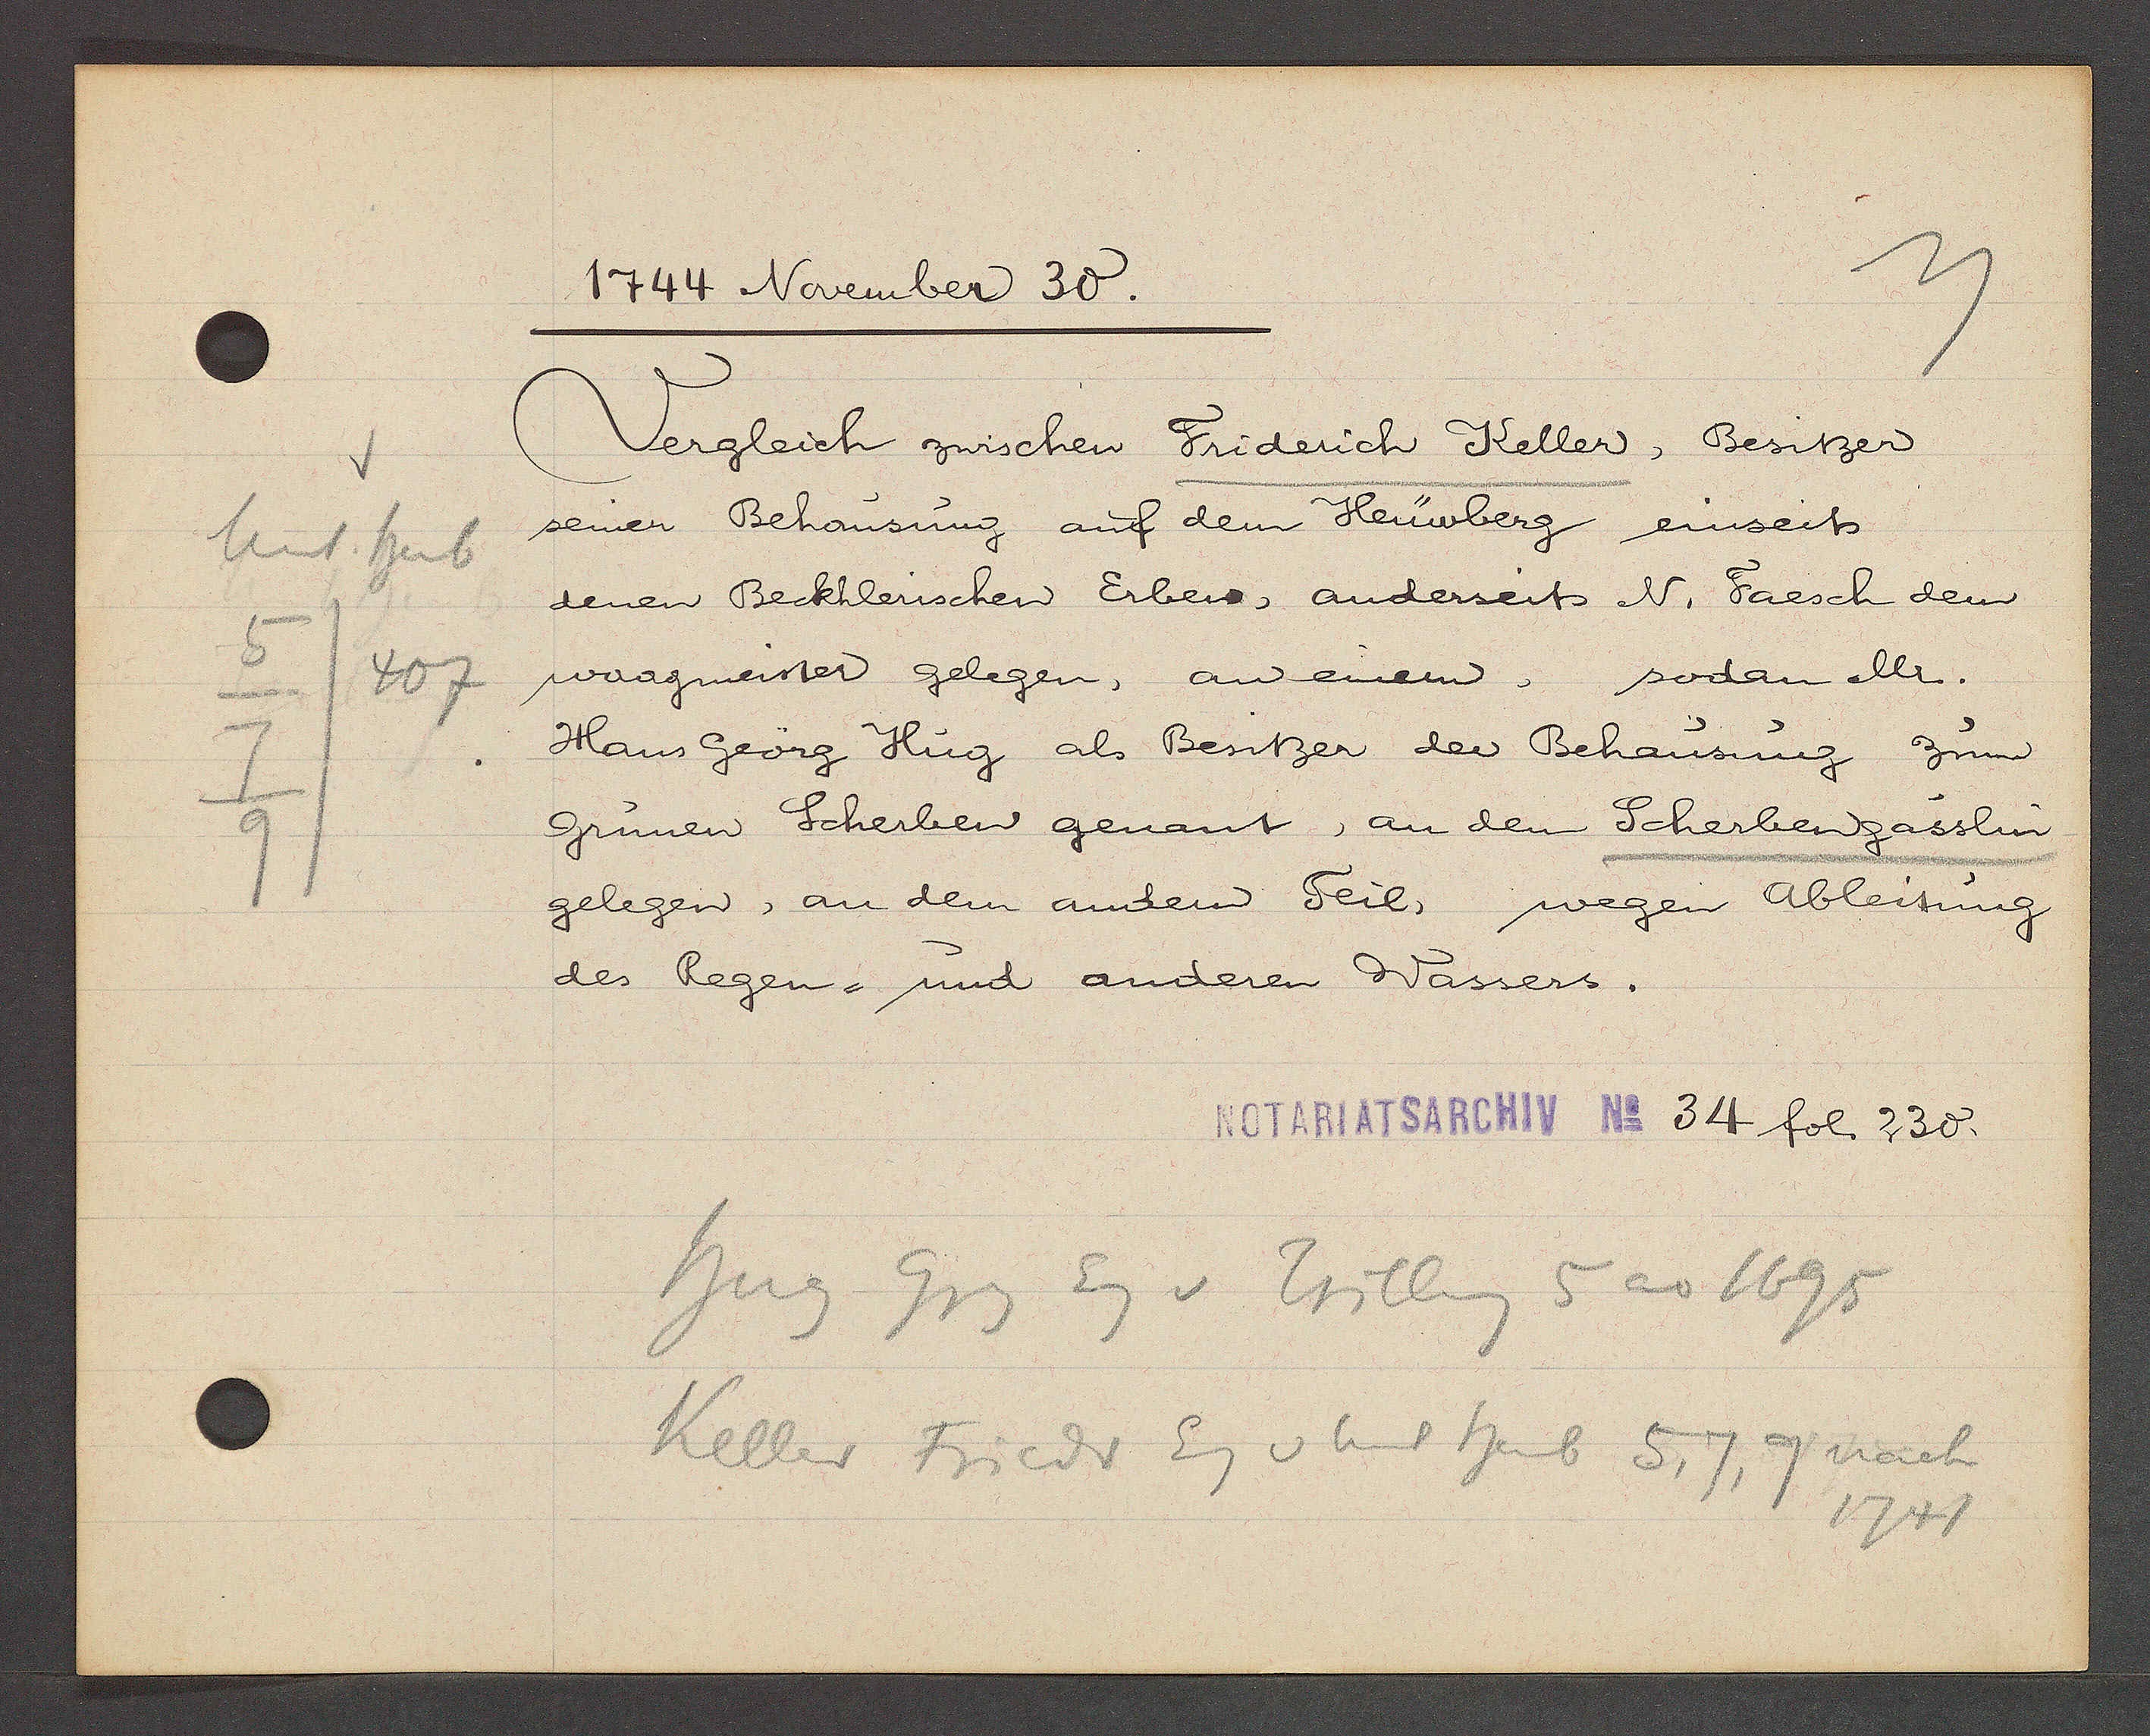
Transcript:
Unt heub
5
407
7
9

1744 November 30.

Vergleich zwischen Friderich Keller, Besitzer
seiner Behausung auf dem Heüwberg einseits
denen Beckhlerischen Erben, anderseits N, Faesch dem
waagmeister gelegen, an einem, sodan Mr.
Hans Geörg Hug als Besitzer der Behausung zum
Grünen Scherben genant, an dem Scherbengasslin
gelegen, an dem andern Feil, wegen Ableitung
des Regen- und anderen Wassers.

Notariatsarchiv No. 34 fol. 230.

Hug Grg Eg v Trilleng 5 ao 1695
Keller Friedr Eg v unt heub 5,
7, 9 nach
1741